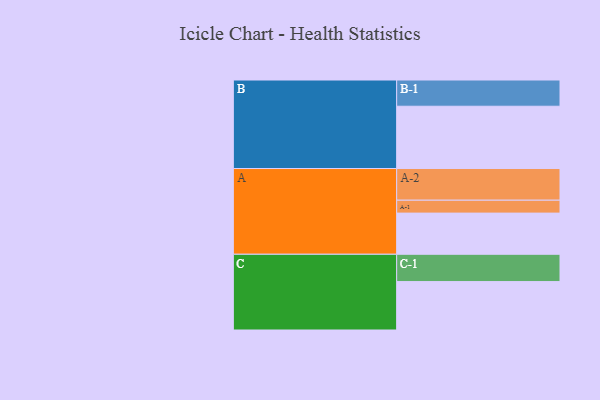
{"axis": {"x": "Segment", "y": "Value"}, "legend": ["", "A", "B", "C"], "data": [{"x": "A", "y": 386, "type": ""}, {"x": "B", "y": 584, "type": ""}, {"x": "C", "y": 454, "type": ""}, {"x": "A-1", "y": 121, "type": "A"}, {"x": "A-2", "y": 297, "type": "A"}, {"x": "B-1", "y": 246, "type": "B"}, {"x": "C-1", "y": 256, "type": "C"}]}